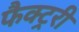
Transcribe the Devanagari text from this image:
फैक्ट्ररी